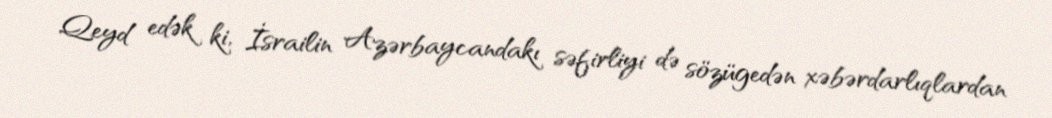
Qeyd edək ki, İsrailin Azərbaycandakı səfirliyi də sözügedən xəbərdarlıqlardan